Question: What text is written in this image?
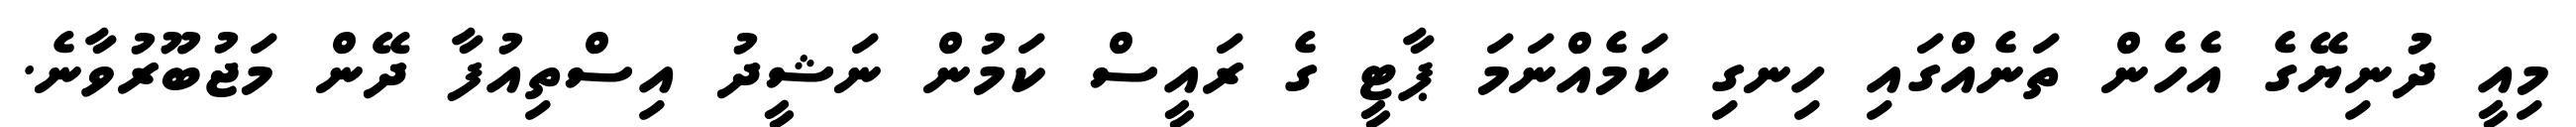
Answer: މިއީ ދުނިޔޭގެ އެހެން ތަނެއްގައި ހިނގި ކަމެއްނަމަ ޕާޓީ ގެ ރައީސް ކަމުން ނަޝީދު އިސްތިއުފާ ދޭން މަޖުބޫރުވާނެ.